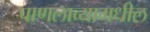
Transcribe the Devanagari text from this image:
पाणलाव्यामधील